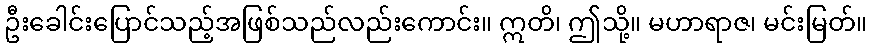
ဦးခေါင်းပြောင်သည့်အဖြစ်သည်လည်းကောင်း။ ဣတိ၊ ဤသို့။ မဟာရာဇ၊ မင်းမြတ်။